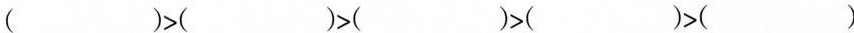
$$（）﹥（）﹥（）﹥（）﹥（）$$